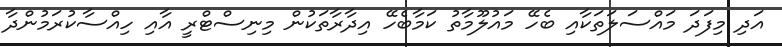
އަދި މިފަދަ މައްސަލަތަކާއި ބެހޭ މައުލޫމާތު ކަމާބެހޭ އިދާރާތަކުން މިނިސްޓްރީ އާއި ހިއްސާކުރަމުންދާ